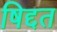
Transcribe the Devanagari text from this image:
षिद्दत